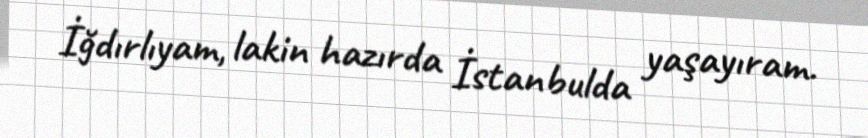
İğdırlıyam, lakin hazırda İstanbulda yaşayıram.